Annual administration report of the Civil Veterinary Department of India - 1895-1896
Year: 1895
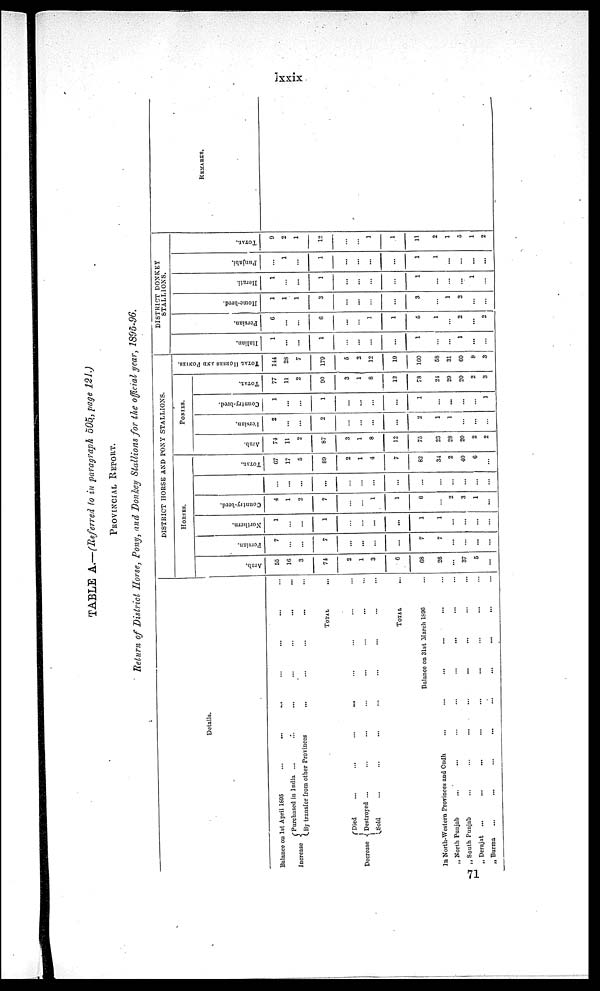
lxxix
TABLE A.—(Referred to in paragraph 505„ page 121.)
PROVINCIAL REPORT.
Return of District Horse, Pony, and Donkey Stallions for the official year, 1895-96.
Details.
Balance on 1st April 1695
...
... ... ... ... ... ...
Increase
Purchased in India ...
... ... ... ... ... ...
By transfer from other Provinces
......
...... ... ...
TOTAL...
Decrease
Died
...
...
...
......
...
...
...... ...
Destroyed ...
...
...
...
...
...... ...
Sold
...
......
...
...
..... ...
TOTAL...
Balance on 31st March 1896 ...
In North-Western Provinces and Oudh...
„
North Punjab
...
...
...
...... ... ...
„
South Punjab
...
...
...
...
...... ... ...
„ Derajat
...
......
...
...... ... ...
„ Burma
...
...
......
......... ...
DISTRICT HORSE AND PONY STALLIONS.
HORSES.
Arab.
55
16
3
74
2
1
3
6
68
26
...
37
5
...
Persian.
7
...
...
7
...
...
...
...
7
7
...
...
...
...
Northern.
1
...
1
...
...
...
...
1
1
...
...
...
...
Country-bred.
4
1
2
7
...
...
1
1
6
...
2
3
1
...
...
...
...
...
...
...
...
...
...
...
...
...
...
TOTAL.
67
17
5
89
2
1
4
7
82
34
2
40
6
...
PONIES.
Arab.
71
11
2
87
3
1
8
12
75
23
28
20
2
2
Persian.
2
...
...
2
...
...
...
...
2
1
1
...
...
...
Country-bred.
1
...
...
1
...
...
...
...
1
...
...
...
...
1
TOTAL
77
11
2
90
3
1
8
12
78
24
29
20
2
3
TOTAL HORSES AND PONIES.
144
23
7
179
5
2
12
19
160
58
31
60
8
3
DISTRICT DONKEY
STALLIONS.
I t al i an.
1
...
...
1
...
...
...
...
1
...
...
1
...
...
Per si an.
6
...
...
6
...
...
1
1
5
1
...
2
...
2
Home-bred.
1
1
1
3
...
...
...
...
3
...
1
2
...
...
Herati.
1
...
...
1
...
...
...
...
1
...
...
...
1
...
Punj abi .
...
1
...
1
...
...
...
...
1
1
...
...
...
...
TOTAL.
9
2
1
12
...
...
1
1
11
2
1
5
1
2
REMARKS.
71